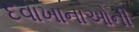
દવાખાનાઓની